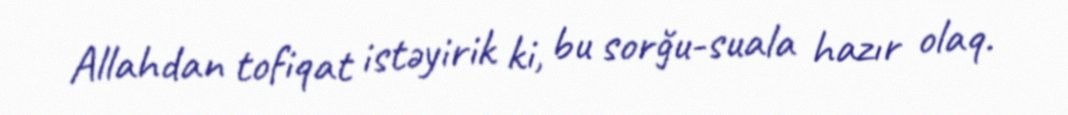
Allahdan tofiqat istəyirik ki, bu sorğu-suala hazır olaq.